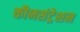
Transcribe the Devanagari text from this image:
कौनसंट्रेशन